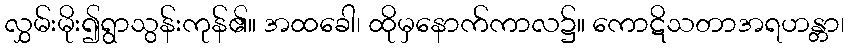
လွှမ်းမိုး၍ရွာသွန်းကုန်၏။ အထခေါ၊ ထိုမှနောက်ကာလ၌။ ကောဋိသတာအရဟန္တာ၊